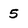
Character: 5